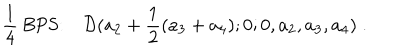
LaTeX: { \frac { 1 } { 4 } } \mathrm { ~ B P S : } \quad { \cal D } ( a _ { 2 } + { \frac { 1 } { 2 } } ( a _ { 3 } + a _ { 4 } ) ; 0 ; 0 , a _ { 2 } , a _ { 3 } , a _ { 4 } ) \; .